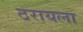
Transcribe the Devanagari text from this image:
ठरायला